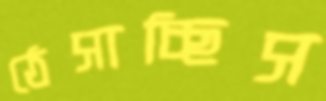
ঠেসাচ্ছিস